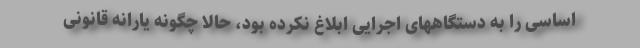
اساسی را به دستگاههای اجرایی ابلاغ نکرده بود، حالا چگونه یارانه قانونی